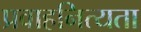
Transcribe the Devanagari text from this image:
प्रवाहनित्यता